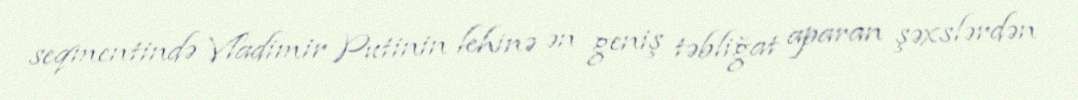
seqmentində Vladimir Putinin lehinə ən geniş təbliğat aparan şəxslərdən